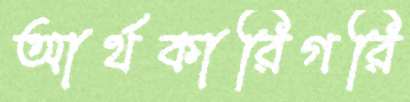
আর্থকারিগরি